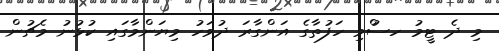
މި ދެ ޓީމު ހސުްވި ހަފުތާގެ އަންގާރަ ދުވަހު މިޔަންމާގައި ކުޅުނު މެޗުން